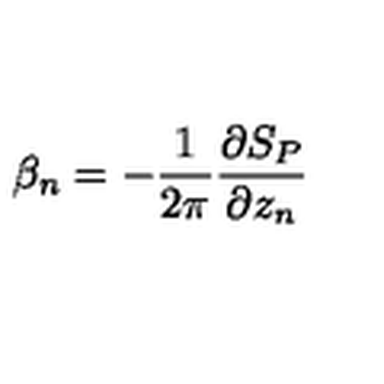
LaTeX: \beta _ { n } = - \frac { 1 } { 2 \pi } \frac { \partial S _ { P } } { \partial z _ { n } }